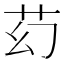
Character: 䒛